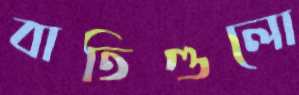
বাতিগুলো